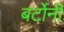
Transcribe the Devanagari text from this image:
बर्टोनी